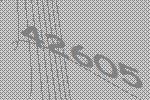
42605